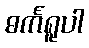
ဓင်္ကရူပါ